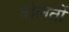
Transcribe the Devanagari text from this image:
बोलतों